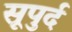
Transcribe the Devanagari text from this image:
सूपुर्द